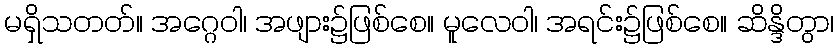
မရှိသတတ်။ အဂ္ဂေဝါ၊ အဖျား၌ဖြစ်စေ။ မူလေဝါ၊ အရင်း၌ဖြစ်စေ။ ဆိန္ဒိတွာ၊